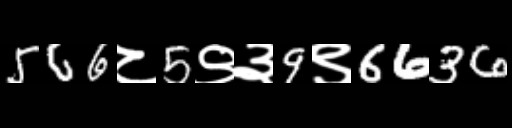
Text: 566८5९३9९6636